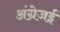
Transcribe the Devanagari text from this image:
अंग्रेजई